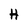
Character: H